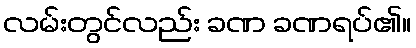
လမ်းတွင်လည်း ခဏ ခဏရပ်၏။